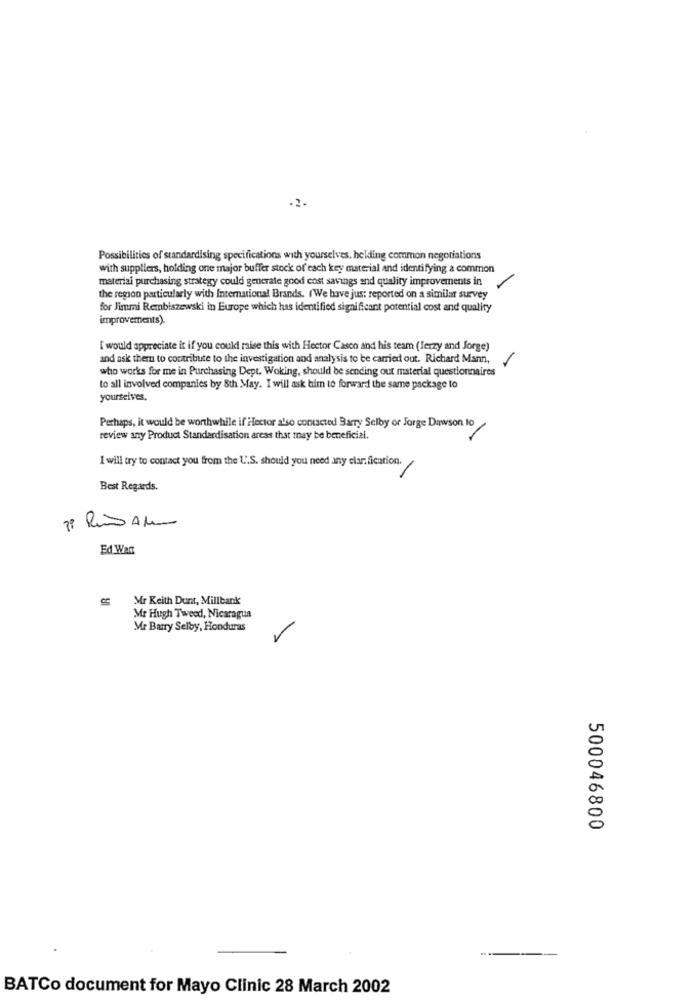
-2-
Possibilities of standardising specifications with yourselves, helding common negotiations
with suppliers, holding one major buffer stock of each key material and identifying a common
material purchasing strategy could generate good cost savings and quality improvements in
-
the region particularly with International Brands. (We have jus: reported on a similar survey
for Jimmi Rembiszewski in Europe which has identified significant potential cost and quality
improvements).
I would appreciate it if you couldi raise this with Hector Casco and his team (lerzy and Jorge)
and ask them to contribute to the investigation and analysis to be carried out. Richard Mann,
-
who works for me in Purchasing Dept. Woking, should be sending out material questionnaires
to all involved companies by 8th May. I will ask him to forward the same package to
yourselves.
Perhaps, it would be worthwhile if Hector also contacted Barry Selby or Jorge Dawson to
review any Product Standardisation areas that may be beneficial.
I will try to contact you from the U.S. should you need any clarification.
Best Regards.
Ed War
Mr Keith Dunt, Millbank
Mr Hugh Tweed, Nicaragua
Mr Barry Selby, Honduras
500046800
-
BATCo document for Mayo Clinic 28 March 2002